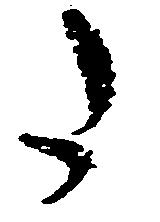
た